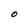
Character: O